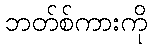
ဘတ်စ်ကားကို